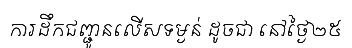
ការដឹកជញ្ជូនលើសទម្ងន់ ដូចជា នៅថ្ងៃ២៥